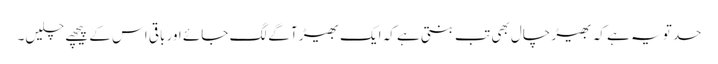
حد تو یہ ہے کہ بھیڑ چال بھی تب بنتی ہے کہ ایک بھیڑ آگے لگ جائے اور باقی اس کے پیچھے چلیں۔